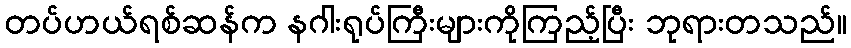
တပ်ဟယ်ရစ်ဆန်က နဂါးရုပ်ကြီးများကိုကြည့်ပြီး ဘုရားတသည်။